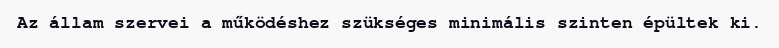
Az állam szervei a működéshez szükséges minimális szinten épültek ki.